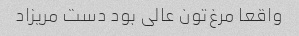
واقعا مرغ‌تون عالی بود دست مریزاد